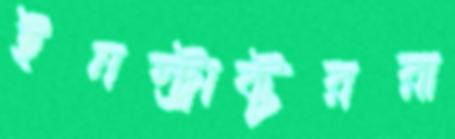
ইনস্ট্রাক্টররা